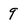
Character: 9